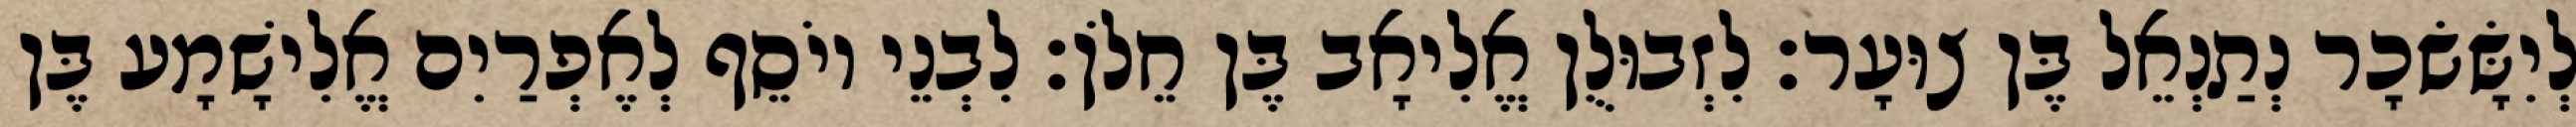
לְיִשָּׂשׂכָר נְתַנְאֵל בֶּן צוּעָר׃ לִזְבוּלֻן אֱלִיאָב בֶּן חֵלֹן׃ לִבְנֵי יוֹסֵף לְאֶפְרַיִם אֱלִישָׁמָע בֶּן